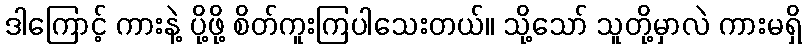
ဒါကြောင့် ကားနဲ့ ပို့ဖို့ စိတ်ကူးကြပါသေးတယ်။ သို့သော် သူတို့မှာလဲ ကားမရှိ